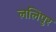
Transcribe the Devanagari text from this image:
ललिपुर